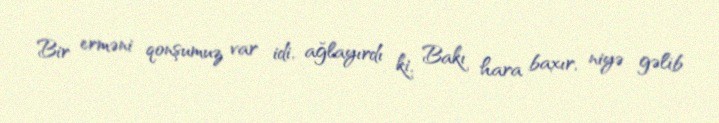
Bir erməni qonşumuz var idi, ağlayırdı ki, Bakı hara baxır, niyə gəlib